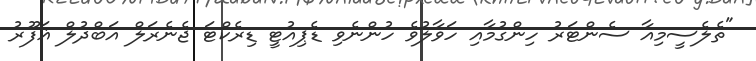
"ތެލެސީމިއާ ސެންޓަރު ހިންގުމާއި ހަވާލުވެ ހުންނެވި ޑެޕިއުޓީ ޑިރެކްޓަ ޖެނެރަލް އަބްދުލް ޣަފޫރު